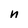
Character: n